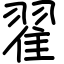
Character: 翟